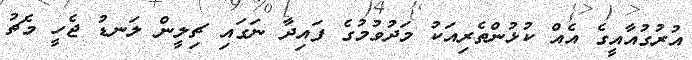
އުރުގުއާއީގެ އެއް ކުޅުންތެރިއަކު މަދުވުމުގެ ފައިދާ ނަގައި ޗިލީން ލަނޑު ޖެހީ މެޗު